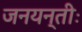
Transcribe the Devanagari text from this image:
जनयन्तीः